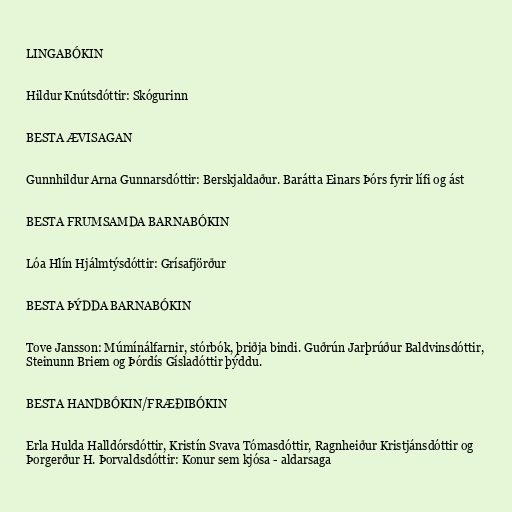
LINGABÓKIN

Hildur Knútsdóttir: Skógurinn

BESTA ÆVISAGAN

Gunnhildur Arna Gunnarsdóttir: Berskjaldaður. Barátta Einars Þórs fyrir lífi og ást

BESTA FRUMSAMDA BARNABÓKIN

Lóa Hlín Hjálmtýsdóttir: Grísafjörður

BESTA ÞÝDDA BARNABÓKIN

Tove Jansson: Múmínálfarnir, stórbók, þriðja bindi. Guðrún Jarþrúður Baldvinsdóttir,
Steinunn Briem og Þórdís Gísladóttir þýddu.

BESTA HANDBÓKIN/FRÆÐIBÓKIN

Erla Hulda Halldórsdóttir, Kristín Svava Tómasdóttir, Ragnheiður Kristjánsdóttir og
Þorgerður H. Þorvaldsdóttir: Konur sem kjósa - aldarsaga